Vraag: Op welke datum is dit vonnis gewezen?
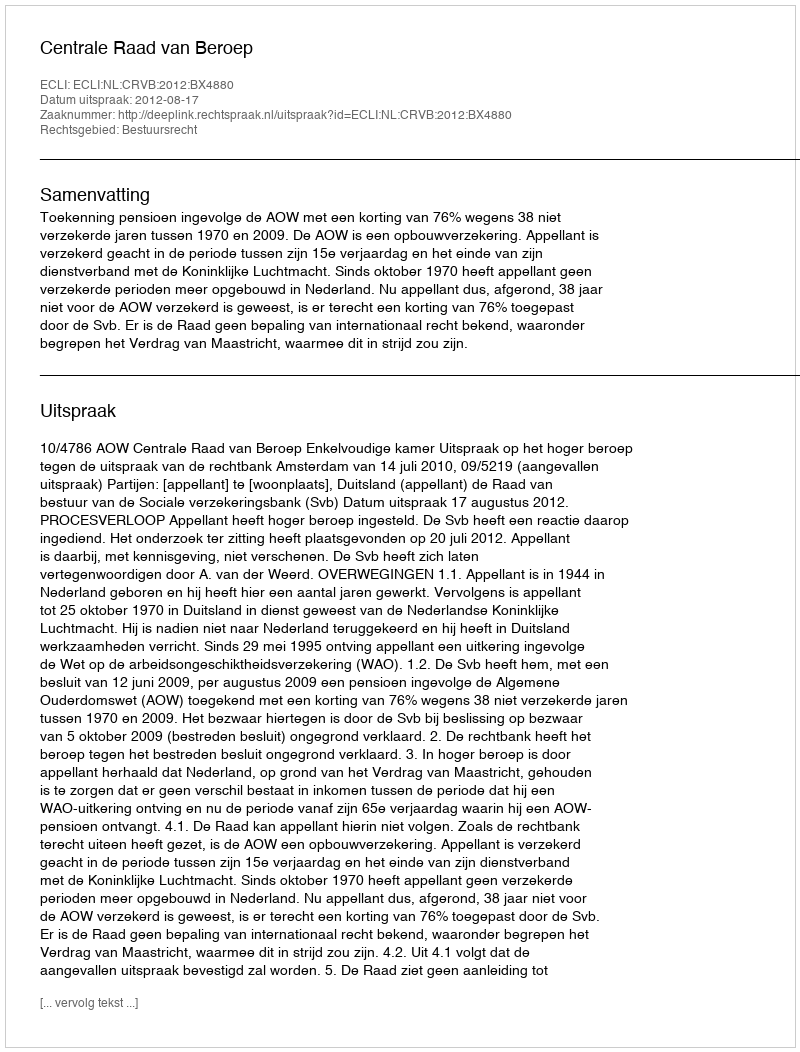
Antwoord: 2012-08-17